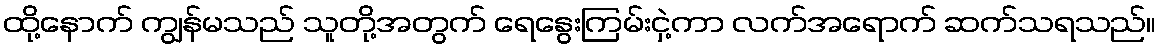
ထို့နောက် ကျွန်မသည် သူတို့အတွက် ရေနွေးကြမ်းငှဲ့ကာ လက်အရောက် ဆက်သရသည်။